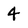
Character: 4